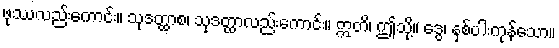
ဖုဿလည်းကောင်း။ သုဒတ္ထာစ၊ သုဒတ္ထာလည်းကောင်း။ ဣတိ၊ ဤသို့။ ဒွေ၊ နှစ်ပါးကုန်သော။